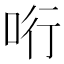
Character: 哘